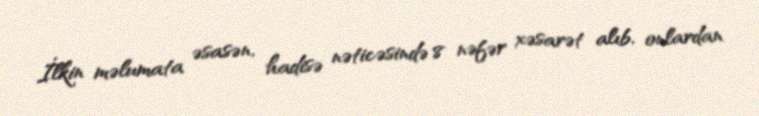
İlkin məlumata əsasən, hadisə nəticəsində 8 nəfər xəsarət alıb, onlardan